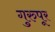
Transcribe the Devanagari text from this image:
गुरुपूर